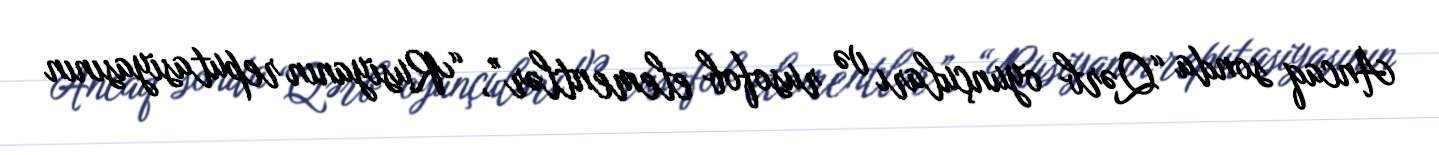
Ancaq sonda “Qərb oyunçuları və rusofob elementlər”, “Rusiyanın reputasiyasının